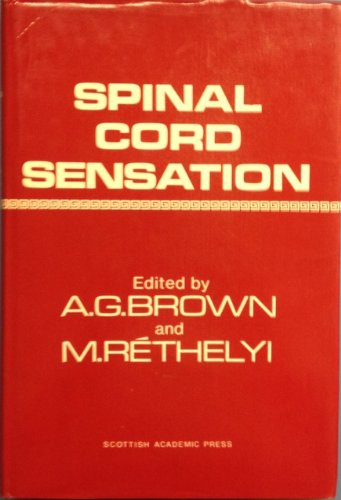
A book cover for Spinal Cord Sensation: Sensory Processing in the Dorsal Horn; Health, Fitness & Dieting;